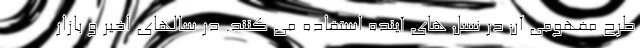
طرح مفهومی آن در نسل های آینده استفاده می کنند. در سالهای اخیر و بازار